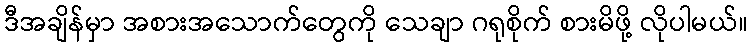
ဒီအချိန်မှာ အစားအသောက်တွေကို သေချာ ဂရုစိုက် စားမိဖို့ လိုပါမယ်။